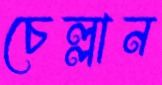
চেল্লান